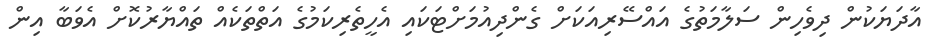
އާދަޔަކުން ދިވެހިން ސަލާމަތުގެ އައްސޭރިއަކަށް ގެންދިއުމަށްޓަކައި އެހީތެރިކަމުގެ އަތްތަކެއް ތައްޔާރުކޮށް އެވަބާ އިން